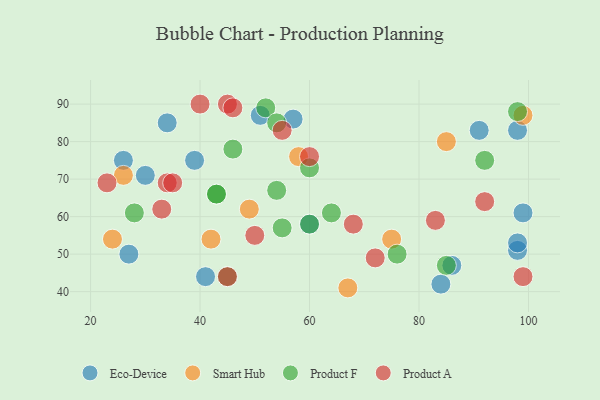
{"axis": {"x": "GDP", "y": "Life Expectancy"}, "legend": ["Eco-Device", "Product A", "Product F", "Smart Hub"], "data": [{"x": "84", "y": 42, "type": "Eco-Device"}, {"x": "26", "y": 75, "type": "Eco-Device"}, {"x": "27", "y": 50, "type": "Eco-Device"}, {"x": "98", "y": 51, "type": "Eco-Device"}, {"x": "30", "y": 71, "type": "Eco-Device"}, {"x": "86", "y": 47, "type": "Eco-Device"}, {"x": "98", "y": 53, "type": "Eco-Device"}, {"x": "39", "y": 75, "type": "Eco-Device"}, {"x": "51", "y": 87, "type": "Eco-Device"}, {"x": "41", "y": 44, "type": "Eco-Device"}, {"x": "57", "y": 86, "type": "Eco-Device"}, {"x": "99", "y": 61, "type": "Eco-Device"}, {"x": "91", "y": 83, "type": "Eco-Device"}, {"x": "60", "y": 58, "type": "Eco-Device"}, {"x": "98", "y": 83, "type": "Eco-Device"}, {"x": "34", "y": 85, "type": "Eco-Device"}, {"x": "99", "y": 87, "type": "Smart Hub"}, {"x": "26", "y": 71, "type": "Smart Hub"}, {"x": "49", "y": 62, "type": "Smart Hub"}, {"x": "67", "y": 41, "type": "Smart Hub"}, {"x": "58", "y": 76, "type": "Smart Hub"}, {"x": "75", "y": 54, "type": "Smart Hub"}, {"x": "42", "y": 54, "type": "Smart Hub"}, {"x": "85", "y": 80, "type": "Smart Hub"}, {"x": "24", "y": 54, "type": "Smart Hub"}, {"x": "92", "y": 75, "type": "Product F"}, {"x": "52", "y": 89, "type": "Product F"}, {"x": "60", "y": 58, "type": "Product F"}, {"x": "45", "y": 44, "type": "Product F"}, {"x": "85", "y": 47, "type": "Product F"}, {"x": "43", "y": 66, "type": "Product F"}, {"x": "98", "y": 88, "type": "Product F"}, {"x": "28", "y": 61, "type": "Product F"}, {"x": "54", "y": 85, "type": "Product F"}, {"x": "46", "y": 78, "type": "Product F"}, {"x": "55", "y": 57, "type": "Product F"}, {"x": "60", "y": 73, "type": "Product F"}, {"x": "54", "y": 67, "type": "Product F"}, {"x": "64", "y": 61, "type": "Product F"}, {"x": "76", "y": 50, "type": "Product F"}, {"x": "43", "y": 66, "type": "Product F"}, {"x": "45", "y": 90, "type": "Product A"}, {"x": "55", "y": 83, "type": "Product A"}, {"x": "34", "y": 69, "type": "Product A"}, {"x": "35", "y": 69, "type": "Product A"}, {"x": "83", "y": 59, "type": "Product A"}, {"x": "99", "y": 44, "type": "Product A"}, {"x": "23", "y": 69, "type": "Product A"}, {"x": "33", "y": 62, "type": "Product A"}, {"x": "46", "y": 89, "type": "Product A"}, {"x": "72", "y": 49, "type": "Product A"}, {"x": "50", "y": 55, "type": "Product A"}, {"x": "60", "y": 76, "type": "Product A"}, {"x": "45", "y": 44, "type": "Product A"}, {"x": "92", "y": 64, "type": "Product A"}, {"x": "40", "y": 90, "type": "Product A"}, {"x": "68", "y": 58, "type": "Product A"}]}